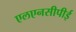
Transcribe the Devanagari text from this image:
एलएनसीपीई